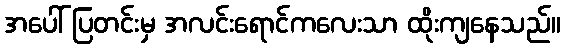
အပေါ် ပြတင်းမှ အလင်းရောင်ကလေးသာ ထိုးကျနေသည်။